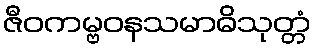
ဇီဝကမ္ဗဝနသမာဓိသုတ္တံ